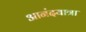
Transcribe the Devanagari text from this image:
आनंदयात्रा